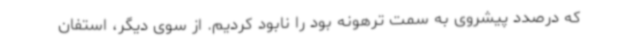
که درصدد پیشروی به سمت ترهونه بود را نابود کردیم. از سوی دیگر، استفان